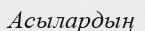
Асылардың